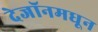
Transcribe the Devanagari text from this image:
देजॉनमधून